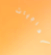
الحاجيات